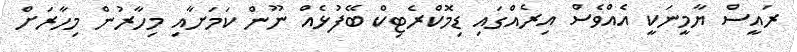
ރައީސް ޔާމީނަކީ އެއްވެސް އިރެއްގައި ޑިމޮކްރެޓިކް ބޭފުޅެއް ނޫން ކަމަށާއި މިހާރުން މިހާރަށް